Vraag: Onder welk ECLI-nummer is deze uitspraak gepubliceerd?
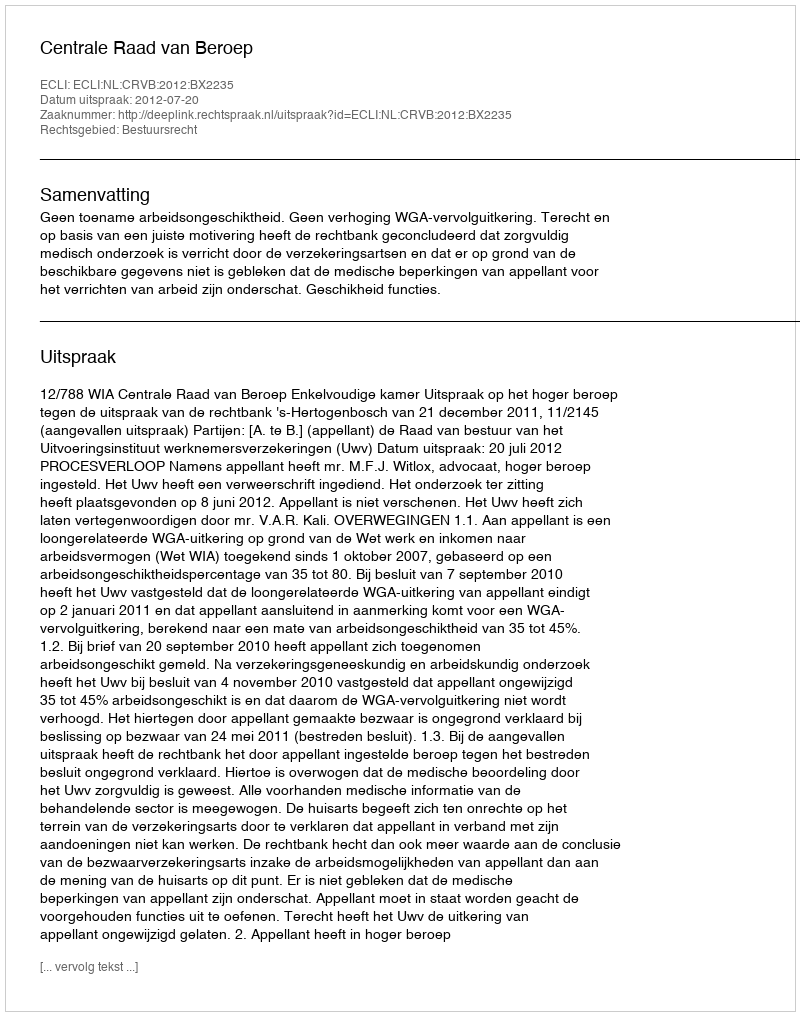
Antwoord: ECLI:NL:CRVB:2012:BX2235